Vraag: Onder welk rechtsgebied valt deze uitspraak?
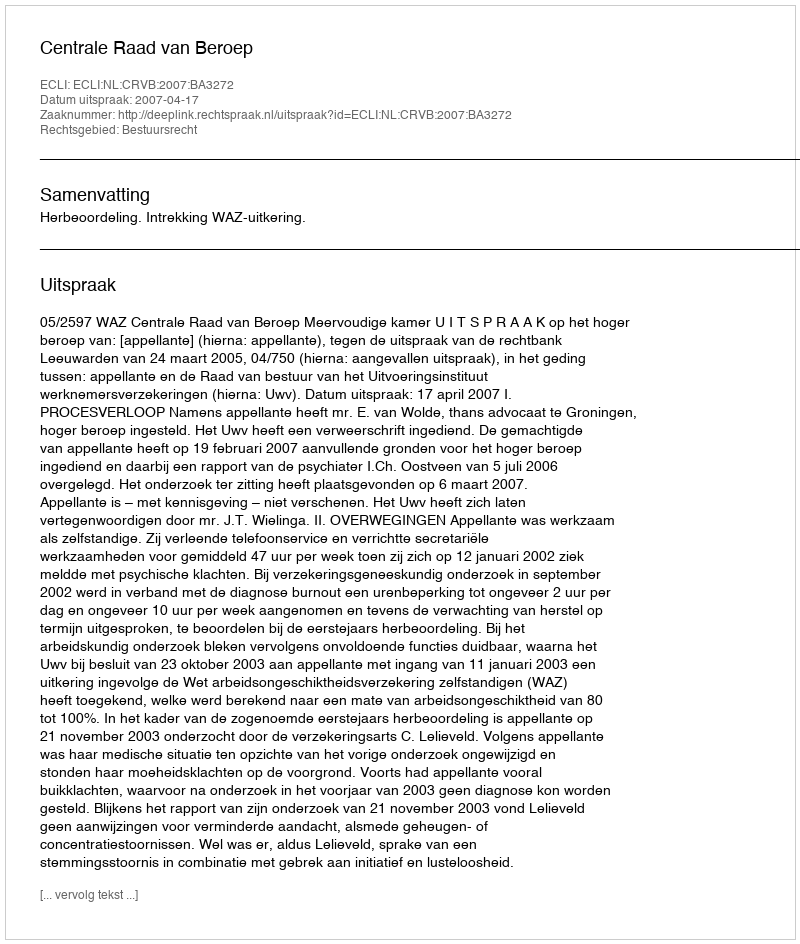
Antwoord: Bestuursrecht